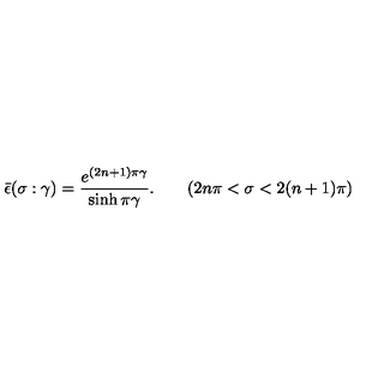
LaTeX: \bar { \epsilon } ( \sigma : \gamma ) = \frac { e ^ { ( 2 n + 1 ) \pi \gamma } } { \sinh \pi \gamma } . \qquad ( 2 n \pi < \sigma < 2 ( n + 1 ) \pi )